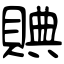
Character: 賟